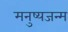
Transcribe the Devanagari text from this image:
मनुष्यजन्म